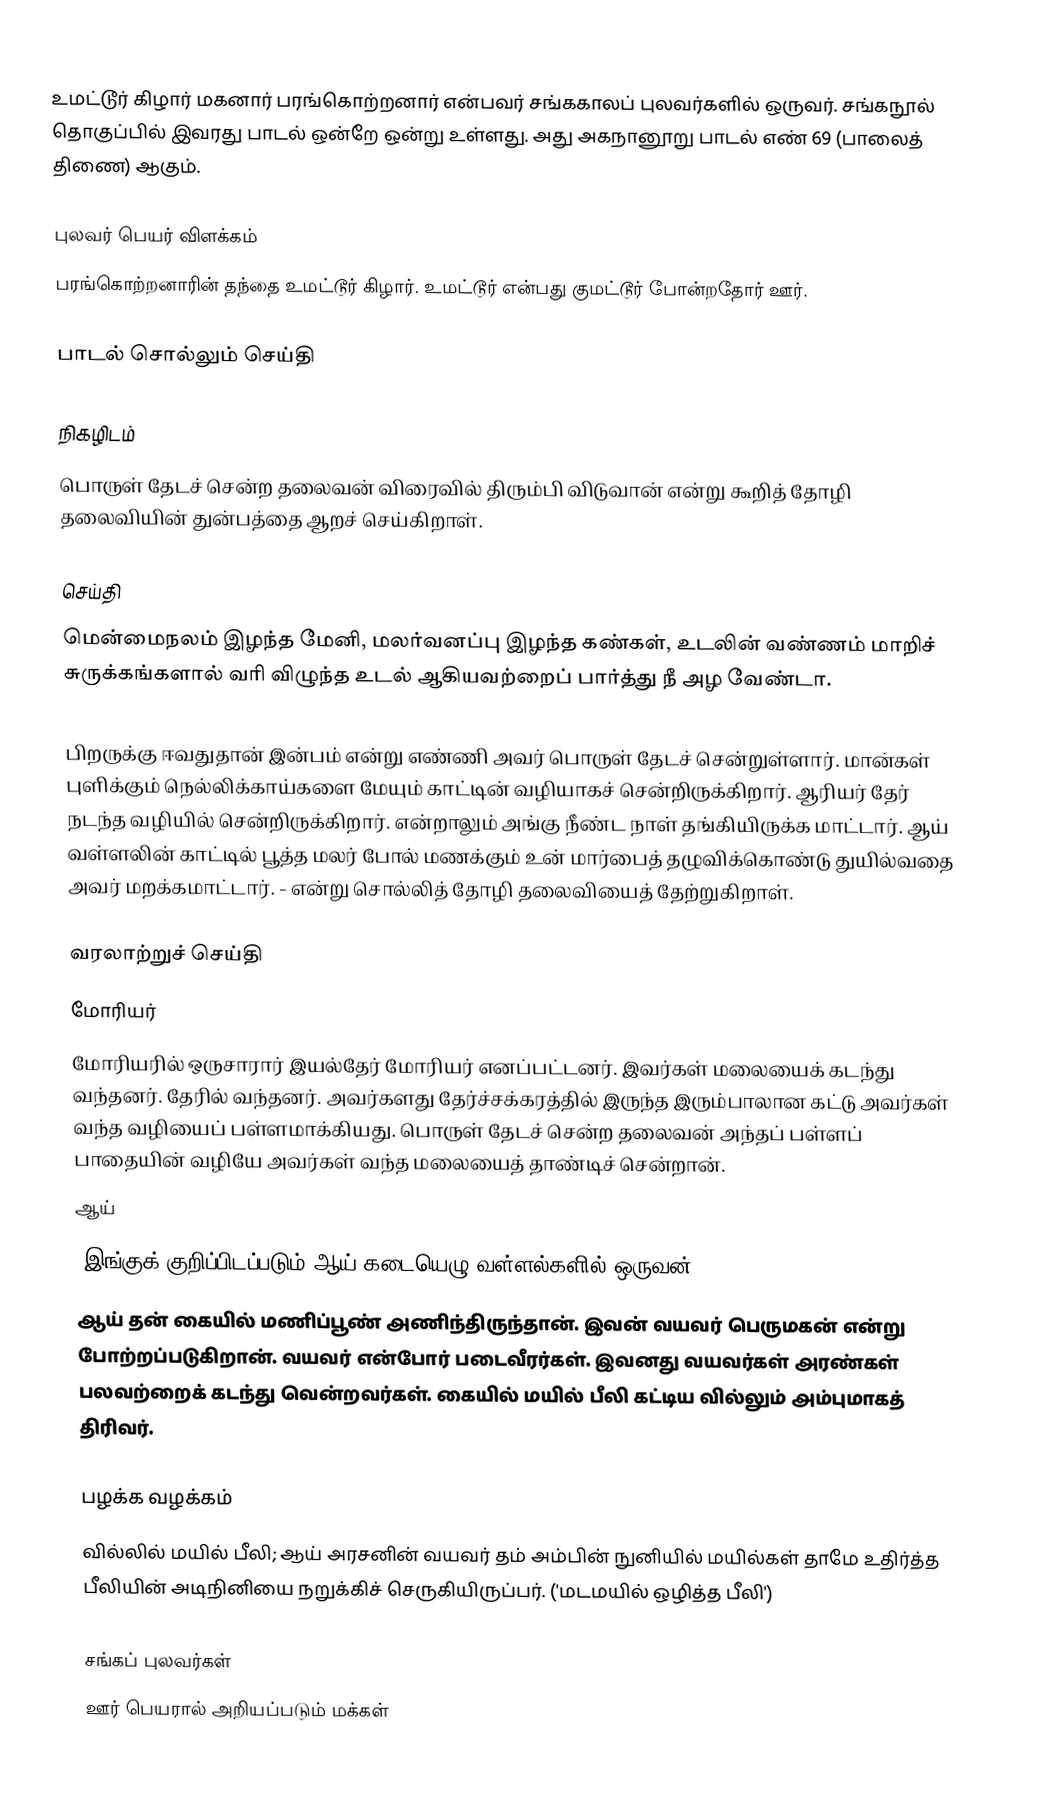
உமட்டூர் கிழார் மகனார் பரங்கொற்றனார் என்பவர் சங்ககாலப் புலவர்களில் ஒருவர். சங்கநூல் தொகுப்பில் இவரது பாடல் ஒன்றே ஒன்று உள்ளது. அது அகநானூறு பாடல் எண் 69 (பாலைத் திணை) ஆகும்.

புலவர் பெயர் விளக்கம்
பரங்கொற்றனாரின் தந்தை உமட்டூர் கிழார். உமட்டூர் என்பது குமட்டூர் போன்றதோர் ஊர்.

பாடல் சொல்லும் செய்தி

நிகழிடம்
பொருள் தேடச் சென்ற தலைவன் விரைவில் திரும்பி விடுவான் என்று கூறித் தோழி தலைவியின் துன்பத்தை ஆறச் செய்கிறாள்.

செய்தி
மென்மைநலம் இழந்த மேனி, மலர்வனப்பு இழந்த கண்கள், உடலின் வண்ணம் மாறிச் சுருக்கங்களால் வரி விழுந்த உடல் ஆகியவற்றைப் பார்த்து நீ அழ வேண்டா.

பிறருக்கு ஈவதுதான் இன்பம் என்று எண்ணி அவர் பொருள் தேடச் சென்றுள்ளார். மான்கள் புளிக்கும் நெல்லிக்காய்களை மேயும் காட்டின் வழியாகச் சென்றிருக்கிறார். ஆரியர் தேர் நடந்த வழியில் சென்றிருக்கிறார். என்றாலும் அங்கு நீண்ட நாள் தங்கியிருக்க மாட்டார். ஆய் வள்ளலின் காட்டில் பூத்த மலர் போல் மணக்கும் உன் மார்பைத் தழுவிக்கொண்டு துயில்வதை அவர் மறக்கமாட்டார். - என்று சொல்லித் தோழி தலைவியைத் தேற்றுகிறாள்.

வரலாற்றுச் செய்தி
 மோரியர்
மோரியரில் ஒருசாரார் இயல்தேர் மோரியர் எனப்பட்டனர். இவர்கள் மலையைக் கடந்து வந்தனர். தேரில் வந்தனர். அவர்களது தேர்ச்சக்கரத்தில் இருந்த இரும்பாலான கட்டு அவர்கள் வந்த வழியைப் பள்ளமாக்கியது. பொருள் தேடச் சென்ற தலைவன் அந்தப் பள்ளப் பாதையின் வழியே அவர்கள் வந்த மலையைத் தாண்டிச் சென்றான்.
 ஆய்
(இங்குக் குறிப்பிடப்படும் ஆய் கடையெழு வள்ளல்களில் ஒருவன்)
ஆய் தன் கையில் மணிப்பூண் அணிந்திருந்தான். இவன் வயவர் பெருமகன் என்று போற்றப்படுகிறான். வயவர் என்போர் படைவீரர்கள். இவனது வயவர்கள் அரண்கள் பலவற்றைக் கடந்து வென்றவர்கள். கையில் மயில் பீலி கட்டிய வில்லும் அம்புமாகத் திரிவர்.

பழக்க வழக்கம்
வில்லில் மயில் பீலி; ஆய் அரசனின் வயவர் தம் அம்பின் நுனியில் மயில்கள் தாமே உதிர்த்த பீலியின் அடிநினியை நறுக்கிச் செருகியிருப்பர். ('மடமயில் ஒழித்த பீலி')

சங்கப் புலவர்கள்
ஊர் பெயரால் அறியப்படும் மக்கள்